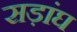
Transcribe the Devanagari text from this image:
सड़ांघ